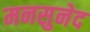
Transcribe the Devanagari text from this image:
मनसुनेद